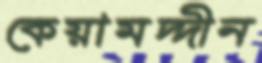
কেয়ামদ্দীন